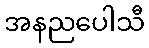
အနညပေါသီ